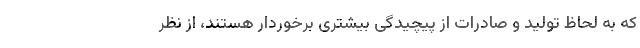
که به لحاظ تولید و صادرات از پیچیدگی بیشتری برخوردار هستند، از نظر